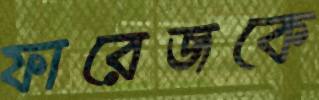
ফারেজকে